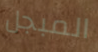
المبجل